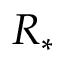
R _ { * }